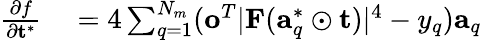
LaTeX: \begin{array}{rl}{\frac{\partial f}{\partial\mathbf{t}^{*}}}&{{}=4\sum_{q=1}^{N_{m}}(\mathbf{o}^{T}\lvert\mathbf{F}(\mathbf{a}_{q}^{*}\odot\mathbf{t})\rvert^{4}-y_{q})\mathbf{a}_{q}}\end{array}